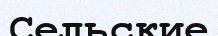
Сельские